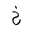
Letter: _kha